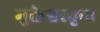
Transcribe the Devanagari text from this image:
मुक्तेश्वरकृत